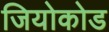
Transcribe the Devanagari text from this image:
जियोकोड